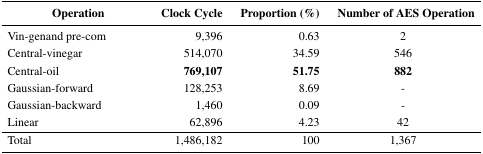
<table><thead><tr><td><b>Operation</b></td><td><b>Clock Cycle</b></td><td><b>Proportion (%)</b></td><td><b>Number of AES Operation</b></td></tr></thead><tbody><tr><td>Vin-genand pre-com</td><td>9,396</td><td>0.63</td><td>2</td></tr><tr><td>Central-vinegar</td><td>514,070</td><td>34.59</td><td>546</td></tr><tr><td>Central-oil</td><td><b>769,107</b></td><td><b>51.75</b></td><td><b>882</b></td></tr><tr><td>Gaussian-forward</td><td>128,253</td><td>8.69</td><td>-</td></tr><tr><td>Gaussian-backward</td><td>1,460</td><td>0.09</td><td>-</td></tr><tr><td>Linear</td><td>62,896</td><td>4.23</td><td>42</td></tr><tr><td>Total</td><td>1,486,182</td><td>100</td><td>1,367</td></tr></tbody></table>